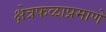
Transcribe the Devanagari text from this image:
क्षेत्रफळाप्रमाणे